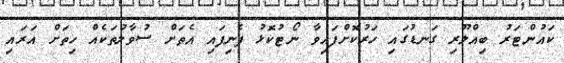
ކައުންޓަރު ބިއްލޫރި ގަނޑުގައި ހަރުކޮށްފައިވާ ނޯޓުކޮޅު ފެނިފައި އެތަށް ސުވާލުތަކެއް ހިތަށް އަރައި